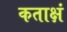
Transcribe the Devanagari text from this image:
कताक्षं